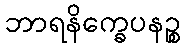
ဘာရနိက္ခေပနဉ္စ